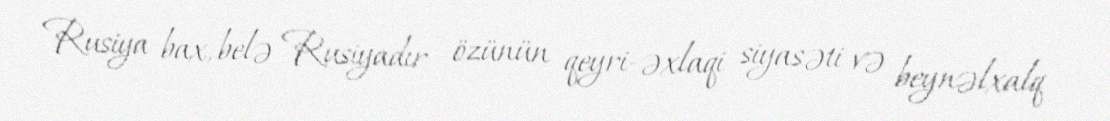
Rusiya bax, belə Rusiyadır - özünün qeyri-əxlaqi siyasəti və beynəlxalq